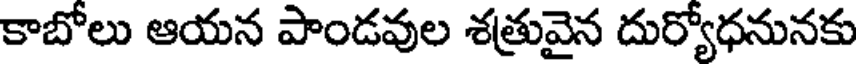
కాబోలు ఆయన పాండవుల శత్రువైన దుర్యోధనునకు